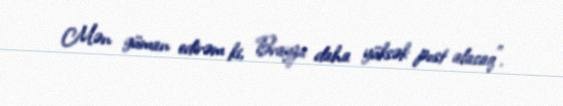
Mən güman edirəm ki, Brayza daha yüksək post alacaq”.